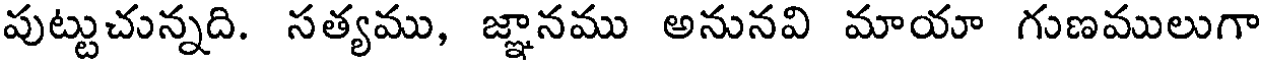
పుట్టుచున్నది. సత్యము, జ్ఞానము అనునవి మాయా గుణములుగా